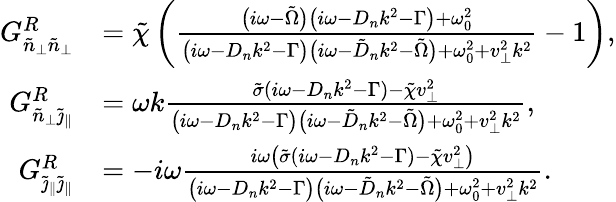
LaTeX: \begin{array}{rl}{G_{\tilde{n}_{\perp}\tilde{n}_{\perp}}^{R}}&{=\tilde{\chi}\left(\frac{\big(i\omega-\tilde{\Omega}\big)\big(i\omega-D_{n}k^{2}-\Gamma\big)+\omega_{0}^{2}}{\big(i\omega-D_{n}k^{2}-\Gamma\big)\big(i\omega-\tilde{D}_{n}k^{2}-\tilde{\Omega}\big)+\omega_{0}^{2}+v_{\perp}^{2}k^{2}}-1\right),}\\ {G_{\tilde{n}_{\perp}\tilde{\jmath}_{\| }}^{R}}&{=\omega k\frac{\tilde{\sigma}(i\omega-D_{n}k^{2}-\Gamma)-\tilde{\chi}v_{\perp}^{2}}{\big(i\omega-D_{n}k^{2}-\Gamma\big)\big(i\omega-\tilde{D}_{n}k^{2}-\tilde{\Omega}\big)+\omega_{0}^{2}+v_{\perp}^{2}k^{2}},}\\ {G_{\tilde{\jmath}_{\| }\tilde{\jmath}_{\| }}^{R}}&{=-i\omega\frac{i\omega\left(\tilde{\sigma}(i\omega-D_{n}k^{2}-\Gamma)-\tilde{\chi}v_{\perp}^{2}\right)}{\big(i\omega-D_{n}k^{2}-\Gamma\big)\big(i\omega-\tilde{D}_{n}k^{2}-\tilde{\Omega}\big)+\omega_{0}^{2}+v_{\perp}^{2}k^{2}}.}\end{array}